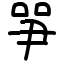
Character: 㖐